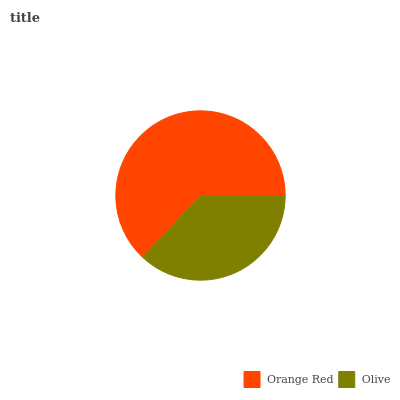
| Orange Red | Olive |
 | --- | --- |
 | 63.1% | 36.9% |